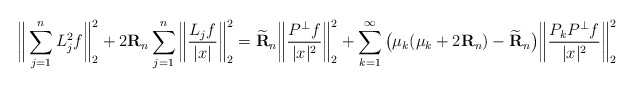
\begin{align*} \bigg\|\sum_{j=1}^n L_j^2 f \bigg\|_{2}^2+ 2\mathbf{R}_{n} \sum_{j=1}^n \bigg\|\frac{L_j f}{|x|} \bigg\|_{2}^2 = \widetilde{\mathbf{R}}_{n} \bigg\|\frac{P^\perp f}{|x|^2}\bigg\|_2^2 + \sum_{k = 1}^\infty \big(\mu_k( \mu_k + 2\mathbf{R}_{n}) - \widetilde{\mathbf{R}}_{n} \big) \bigg\| \frac{P_kP^\perp f}{|x|^2} \bigg\|_{2}^2\end{align*}